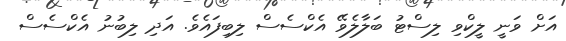
އަށް ވަނީ ލީކްވި ލިސްޓު ބަލާލެވޭ އެކްސެސް ލިބިފައެވެ. އަދި ލިބުނު އެކްސެސް